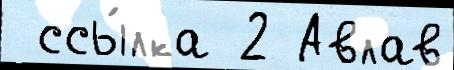
 ссы́лка 2 Авлав